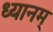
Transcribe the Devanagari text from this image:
ध्यानम्